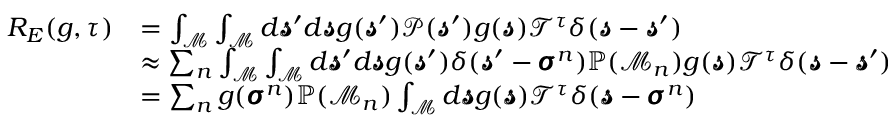
\begin{array} { r l } { R _ { E } ( g , \tau ) } & { = \int _ { \mathcal { M } } \int _ { \mathcal { M } } d \pmb { \mathscr { s } } ^ { \prime } d \pmb { \mathscr { s } } g ( \pmb { \mathscr { s } } ^ { \prime } ) \mathscr { P } ( \pmb { \mathscr { s } } ^ { \prime } ) g ( \pmb { \mathscr { s } } ) \mathscr { T } ^ { \tau } \delta ( \pmb { \mathscr { s } } - \pmb { \mathscr { s } } ^ { \prime } ) } \\ & { \approx \sum _ { n } \int _ { \mathcal { M } } \int _ { \mathcal { M } } d \pmb { \mathscr { s } } ^ { \prime } d \pmb { \mathscr { s } } g ( \pmb { \mathscr { s } } ^ { \prime } ) \delta ( \pmb { \mathscr { s } } ^ { \prime } - \pmb { \sigma } ^ { n } ) \mathbb { P } ( \mathcal { M } _ { n } ) g ( \pmb { \mathscr { s } } ) \mathscr { T } ^ { \tau } \delta ( \pmb { \mathscr { s } } - \pmb { \mathscr { s } } ^ { \prime } ) } \\ & { = \sum _ { n } g ( \pmb { \sigma } ^ { n } ) \mathbb { P } ( \mathcal { M } _ { n } ) \int _ { \mathcal { M } } d \pmb { \mathscr { s } } g ( \pmb { \mathscr { s } } ) \mathscr { T } ^ { \tau } \delta ( \pmb { \mathscr { s } } - \pmb { \sigma } ^ { n } ) } \end{array}